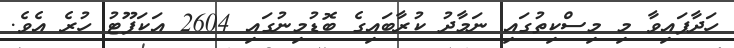
ހަދާފައިވާ މި މިސްކިތުގައި ނަމާދު ކުރާބައިގެ ބޮޑުމިނުގައި 2604 އަކަފޫޓު ހުރެ އެވެ.